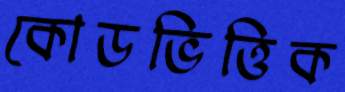
কোডভিত্তিক